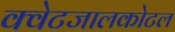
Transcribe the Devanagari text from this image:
क्वेटजालकोटल